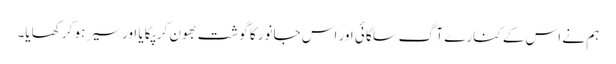
ہم نے اس کے کنارے آگ سلگائی اور اس جانور کا گوشت بھون کر پکایا اور سیر ہو کر کھایا۔